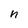
Character: n